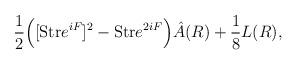
LaTeX: \begin{align*}{1 \over 2} \Big([{\rm Str} e^{iF}]^2 - {\rm Str} e^{2iF} \Big)\hat A(R) +{1\over 8} L(R),\end{align*}